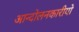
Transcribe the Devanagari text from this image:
आन्दोलनकारीयो